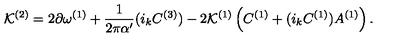
{ \cal K } ^ { ( 2 ) } = 2 \partial \omega ^ { ( 1 ) } + { \frac { 1 } { 2 \pi \alpha ^ { \prime } } } ( i _ { k } C ^ { ( 3 ) } ) - 2 { \cal K } ^ { ( 1 ) } \left( C ^ { ( 1 ) } + ( i _ { k } C ^ { ( 1 ) } ) A ^ { ( 1 ) } \right) .